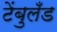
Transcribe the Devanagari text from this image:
टेंबुलँड